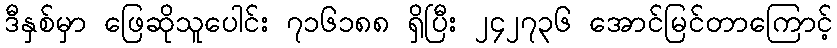
ဒီနှစ်မှာ ဖြေဆိုသူပေါင်း ၇၁၆၁၈၈ ရှိပြီး ၂၄၂၇၃၆ အောင်မြင်တာကြောင့်